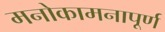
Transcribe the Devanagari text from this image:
मनोकामनापूर्ण